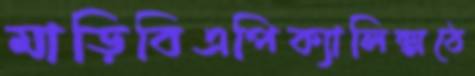
মাড়িবিএপিক্যালিক্সঠে